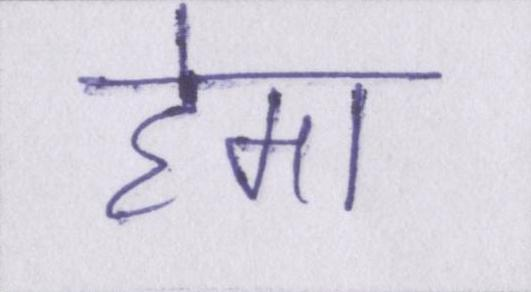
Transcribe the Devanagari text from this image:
हेमा